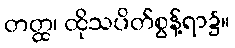
တတ္ထ၊ ထိုသပိတ်စွန့်ရာ၌။